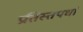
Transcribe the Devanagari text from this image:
प्रतिस्तपर्धा